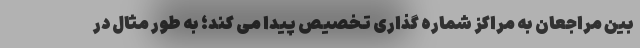
بین مراجعان به مراکز شماره گذاری تخصیص پیدا می کند؛ به طور مثال در